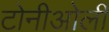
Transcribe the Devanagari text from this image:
टोनीओली